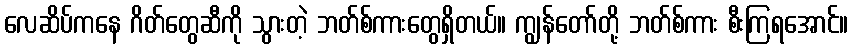
လေဆိပ်ကနေ ဂိတ်တွေဆီကို သွားတဲ့ ဘတ်စ်ကားတွေရှိတယ်။ ကျွန်တော်တို့ ဘတ်စ်ကား စီးကြရအောင်။